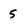
Character: 5